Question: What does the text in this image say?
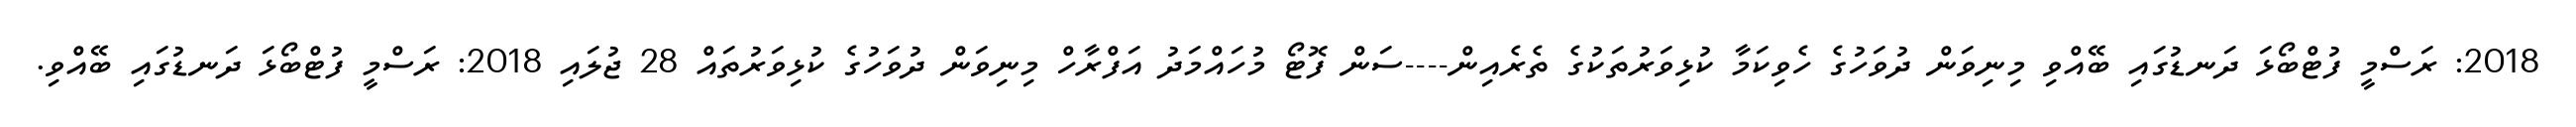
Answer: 2018: ރަސްމީ ފުޓްބޯޅަ ދަނޑުގައި ބޭއްވި މިނިވަން ދުވަހުގެ ހެވިކަމާ ކުޅިވަރުތަކުގެ ތެރެއިން----ސަން ފޮޓޯ މުހައްމަދު އަފްރާހް މިނިވަން ދުވަހުގެ ކުޅިވަރުތައް 28 ޖުލައި 2018: ރަސްމީ ފުޓްބޯޅަ ދަނޑުގައި ބޭއްވި.